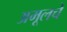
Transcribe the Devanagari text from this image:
अमूलचे